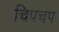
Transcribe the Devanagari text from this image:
चिपचप